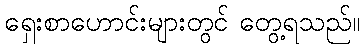
ရှေးစာဟောင်းများတွင် တွေ့ရသည်။